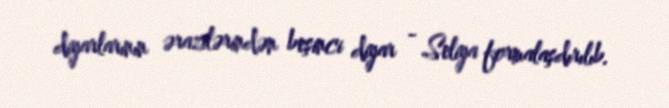
diyarlarının ərazilərindən beşinci diyar - Seliya formalaşdırılıb.